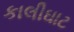
કાલીઘાટ